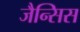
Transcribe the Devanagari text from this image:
जैन्सिस